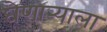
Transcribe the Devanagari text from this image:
घेणार्‍याला